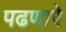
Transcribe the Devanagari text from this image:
पढणारे